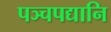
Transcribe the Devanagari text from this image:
पञ्चपद्यानि